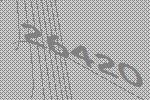
26420